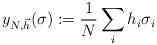
LaTeX: \begin{align*} y_{N,\vec h}(\sigma):=\frac{1}{N} \sum_ih_i \sigma_i \end{align*}